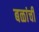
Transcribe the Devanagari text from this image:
बळांची